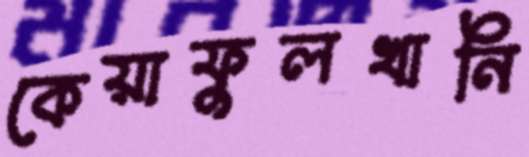
কেয়াফুলখানি